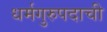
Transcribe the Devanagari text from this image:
धर्मगुरुपदाची